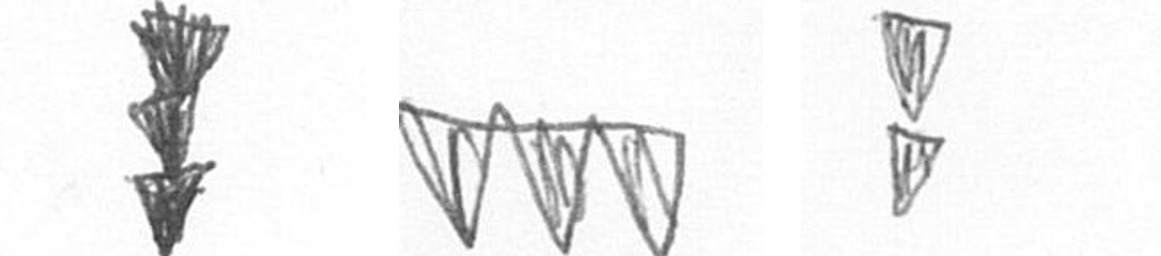
E L Z